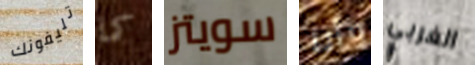
تليفونك كما سويتز وأنا الغربي